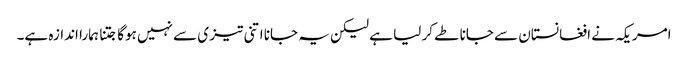
امریکہ نے افغانستان سے جانا طے کر لیا ہے لیکن یہ جانا اتنی تیز ی سے نہیں ہوگا جتنا ہمارا اندازہ ہے۔